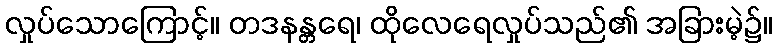
လှုပ်သောကြောင့်။ တဒနန္တရေ၊ ထိုလေရေလှုပ်သည်၏ အခြားမဲ့၌။